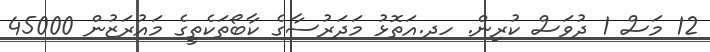
12 މަސް 1 ދުވަސް ކުރިން. ހދ.އަތޮޅު މަދަރުސާގެ ކާބޯތަކެތީގެ މައުރަޒުން 45000